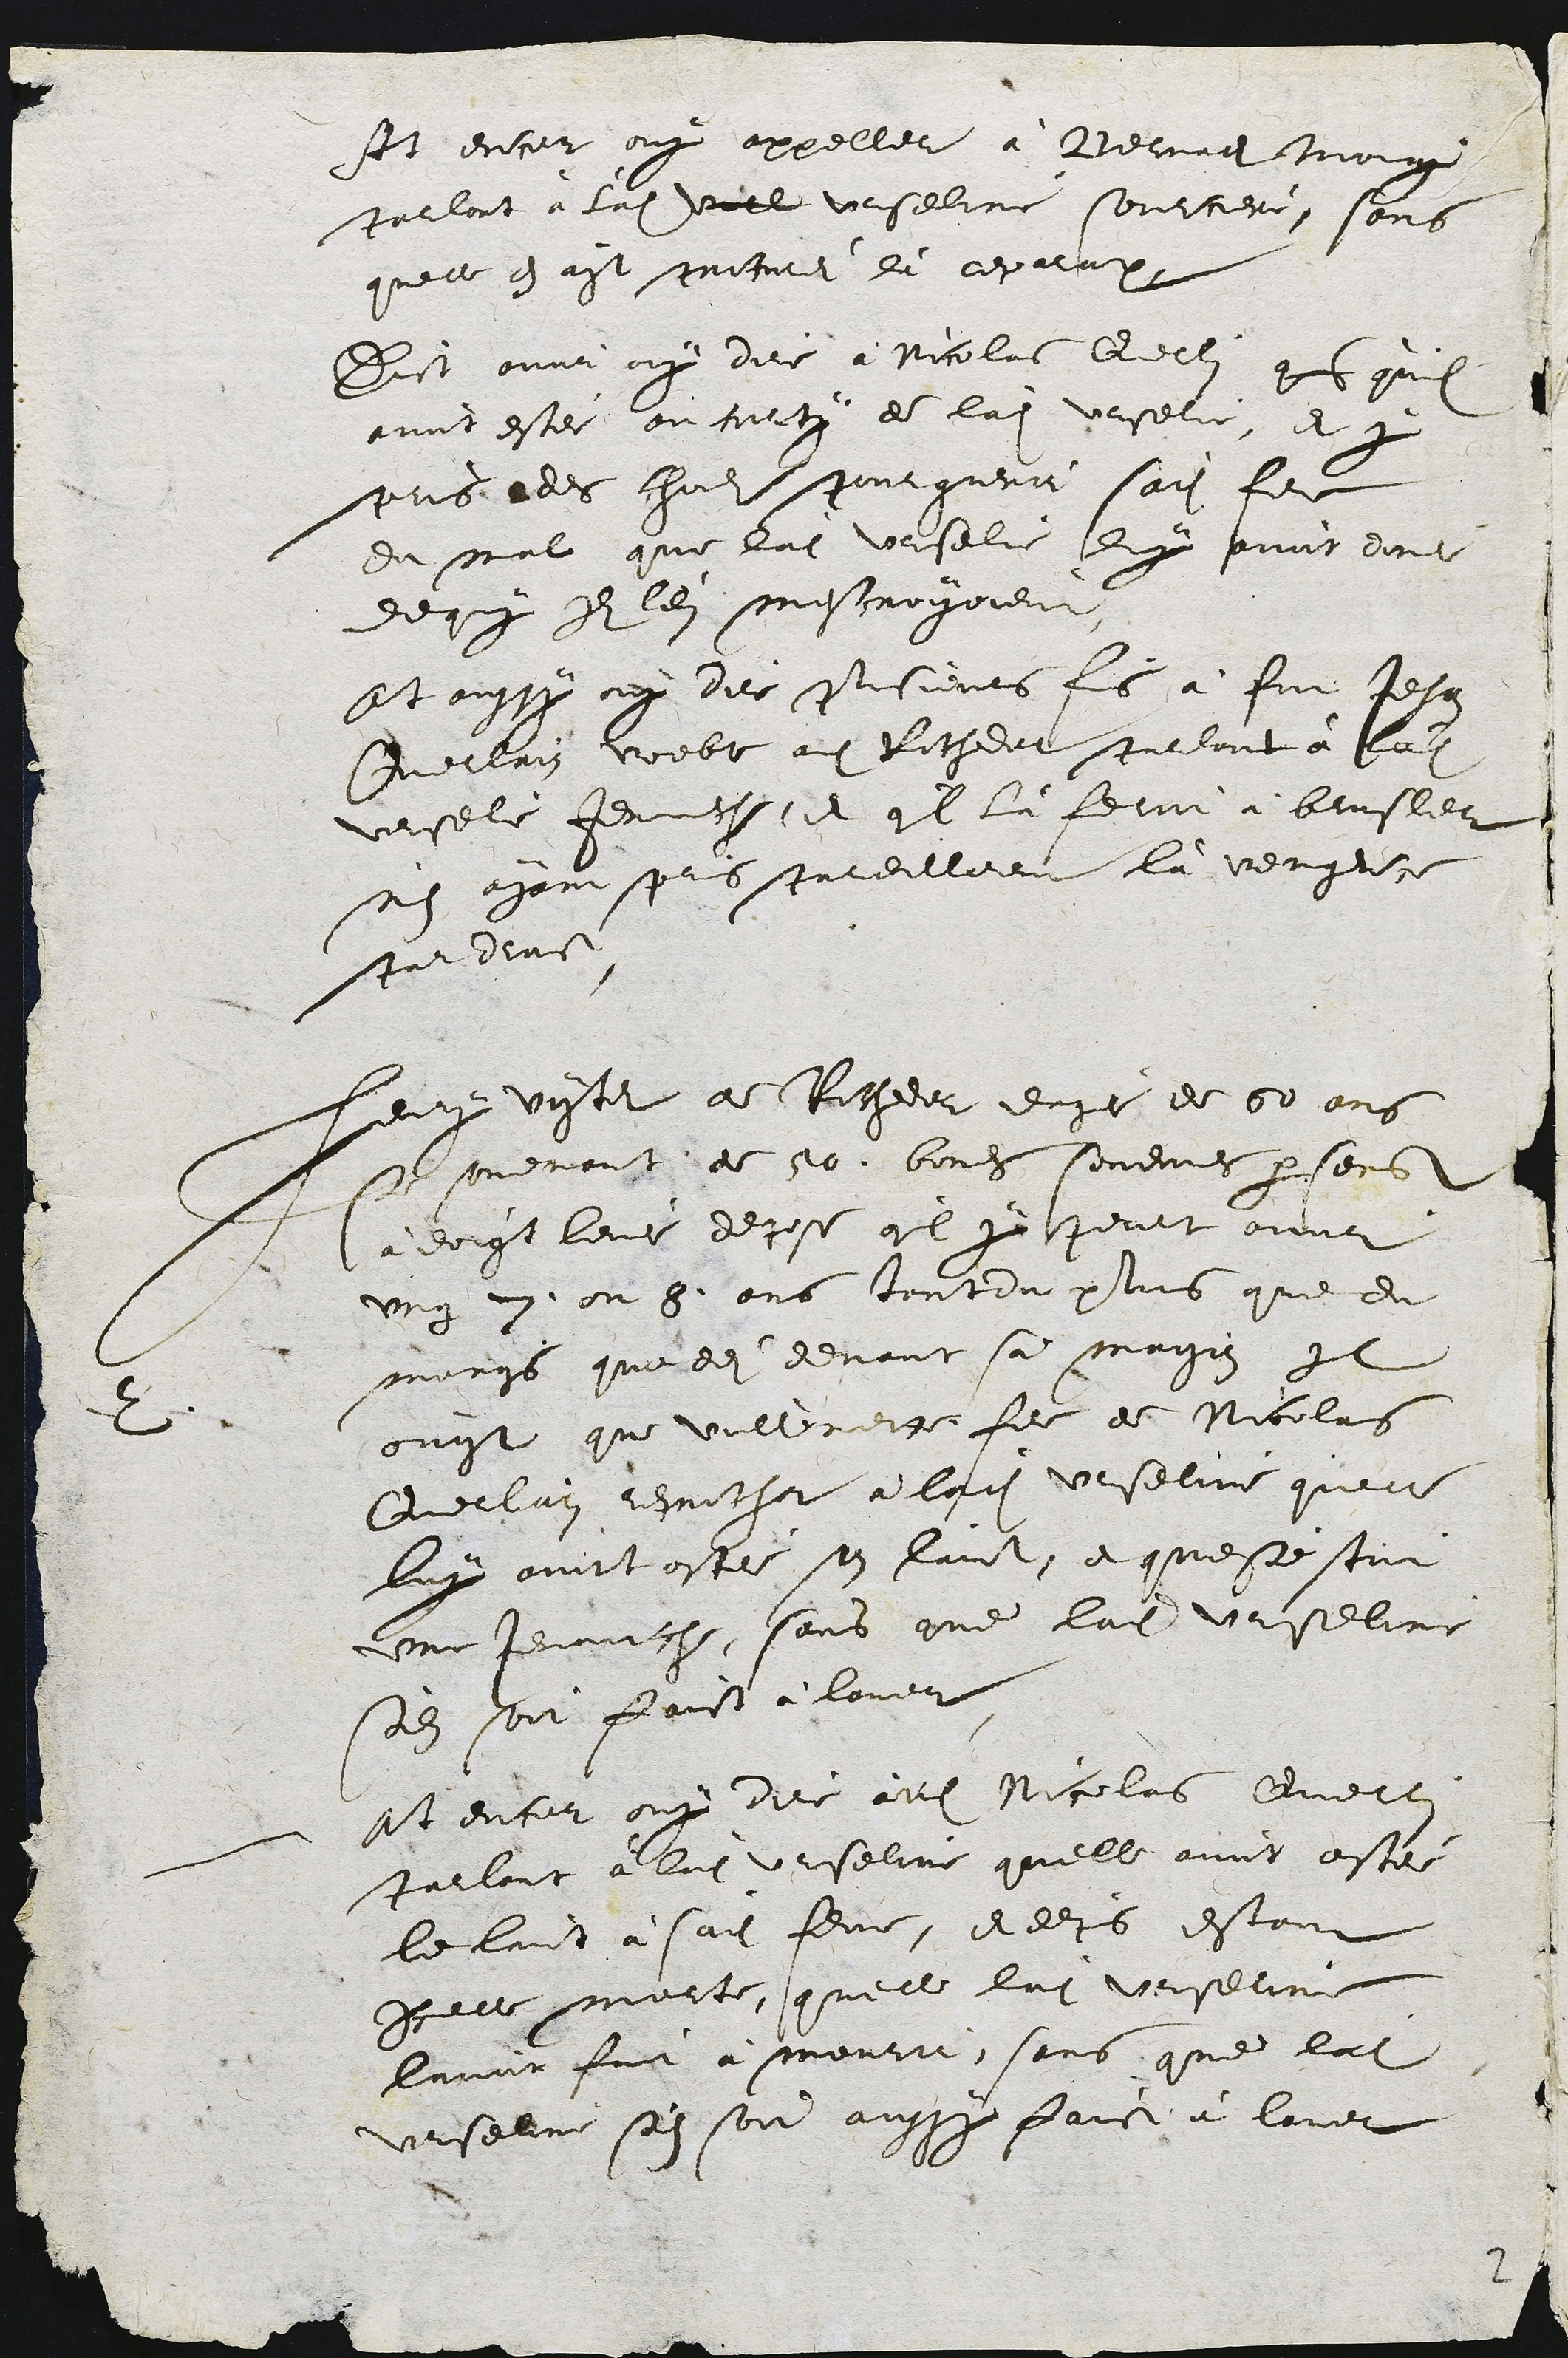
At encor ouy appeller à Bernard Monnin
parlant à ladite vuill urseline sourciere, sans
quelle en ait portei là reparation.
Dict avoir ouy dire à Nicolas Querlain ques qu'il
avoit estei au curty de ladite urseline, et y
pris des chouls pour guerir sadite feme
du mal que ladite Urseline luy avoit donei
de quoy Ils l'en mescroyoient.
At aussy ouy dire plusieurs fois à fut Jehan
Querlain voeble audit Rochedor parlant à ladite
urseline Jenauche, et quil là feroit à brusler
n'en ayant prins pareillement là vengence
par droit.
2
Henry vyter de Rochedor eagé de 60 ans
se souvenant de 50. bones sovenances par serrement
à doigt levei depose quil y peult avoir
ung 7. ou 8. ans tout du plus que du
moings que dei devant sa maison Il
ouyt que vuillemette feme de Nicolas
Querlain reprocher a ladite urseline quelle
luy avoit ostei son laict, et que s'estoit
une Jenauche, sans que ladite urseline
s'en soit faict à laver.
At encor ouy dire àdit Nicolas Querlain
parlant à ladite urseline quelle avoit ostei
le laict à sadite feme, et depuis estant
Icelle morte, quelle ladite urseline
lavoir fait à mourir, sans que ladite
Urseline s'en soit aussy faict à laver

2